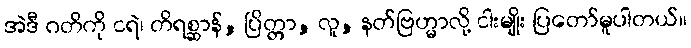
အဲဒီ ဂတိကို ငရဲ၊ တိရစ္ဆာန်, ပြိတ္တာ, လူ, နတ်ဗြဟ္မာလို့ ငါးမျိုး ပြတော်မူပါတယ်။